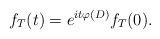
LaTeX: \begin{align*}f_T(t)=e^{it\varphi(D)} f_T(0). \end{align*}